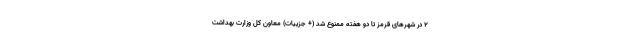
۲ در شهرهای قرمز تا دو هفته ممنوع شد (+ جزییات) معاون کل وزارت بهداشت